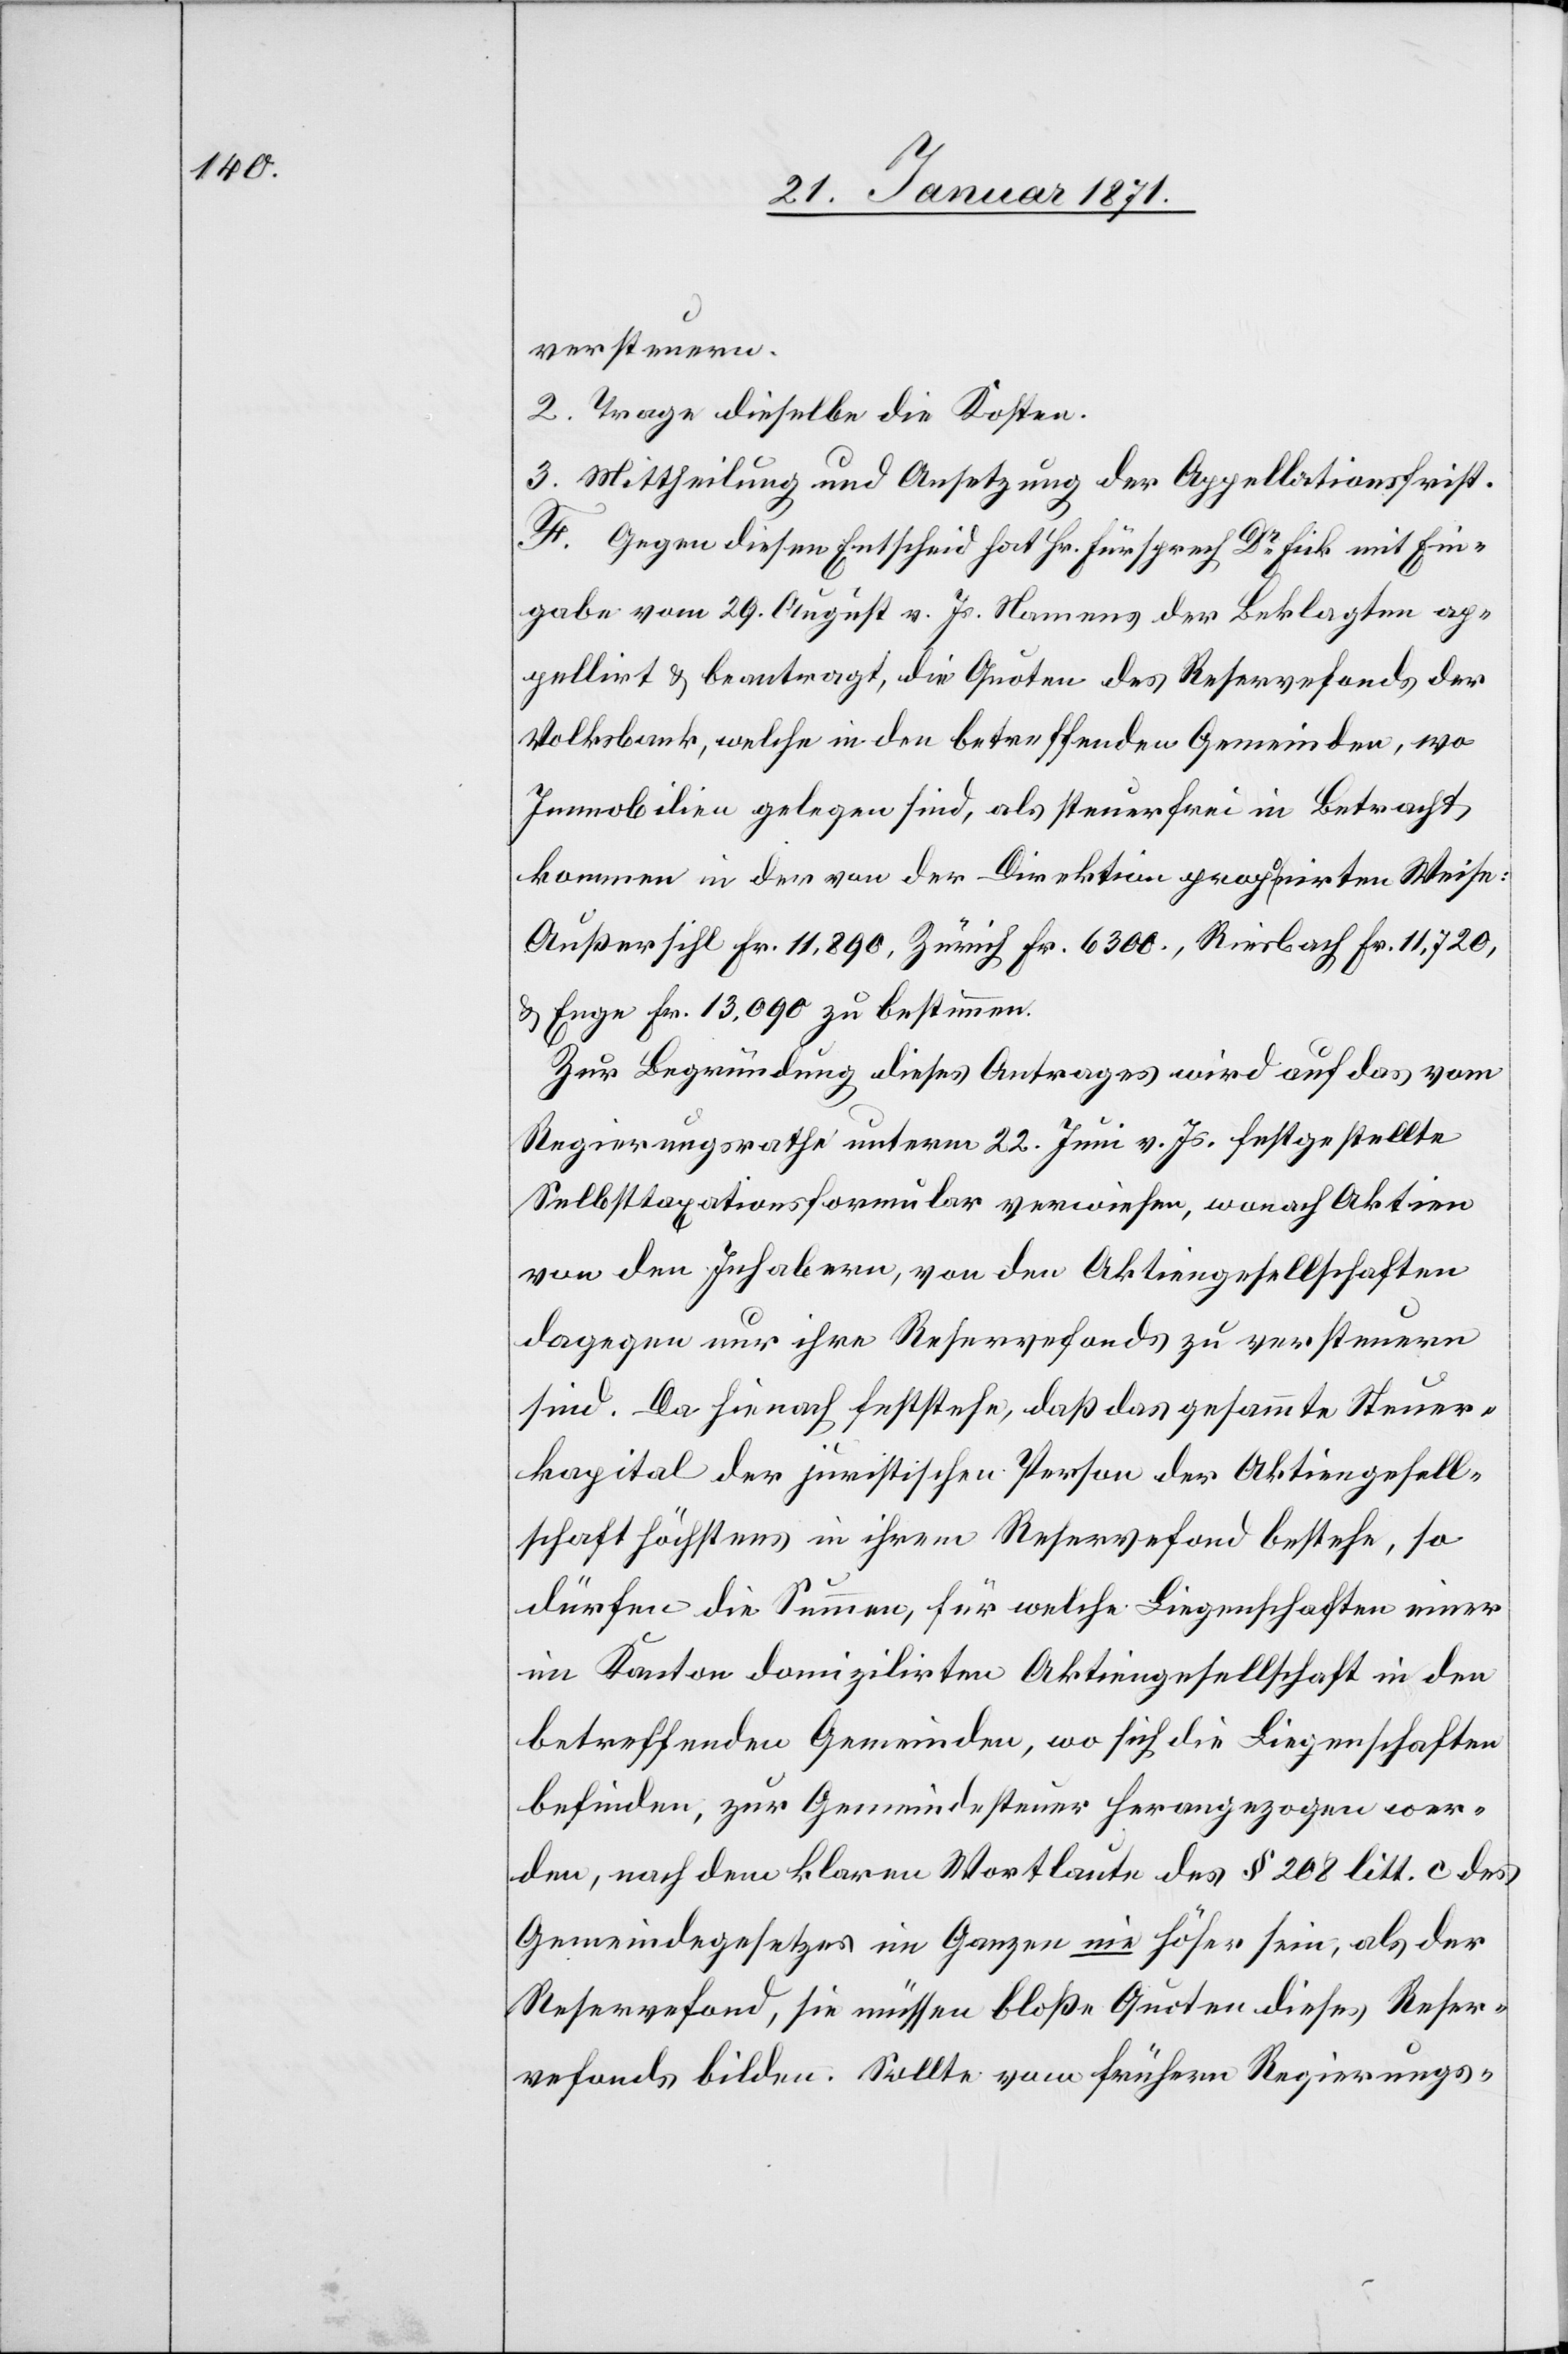
versteuern.
2. Trage dieselbe die Kosten.
3. Mittheilung und Ansetzung der Appellationsfrist.
F. Gegen diesen Entscheid hat Hr. Fürsprech Dr. Fick mit Ein¬
gabe vom 29. August v. Js. Namens der Beklagten ap¬
pellirt u. beantragt, die Quoten des Reservefonds der
Volksbank, welche in den betreffenden Gemeinden, wo
Immobilien gelegen sind, als steuerfrei in Betracht
kommen in der von der Direktion proponirten Weise:
Außersihl Fr. 11,890, Zürich Fr. 6300., Riesbach Fr. 11.720,
u. Enge Fr. 13.090 zu bestimmen.
Zur Begründung dieses Antrages wird auf das vom
Regierungsrathe unterm 22. Juni v. Js. festgestellte
Selbsttaxationsformular verwiesen, wonach Aktien
von den Inhabern, von den Aktiengesellschaften
dagegen nur ihre Reservefonds zu versteuern
sind. Da hienach feststehe, daß das gesammte Steuer¬
kapital der juristischen Person der Aktiengesell¬
schaft höchstens in ihrem Reservefond bestehe, so
dürfen die Summen, für welche Liegenschaften einer
im Kanton domizilirten Aktiengesellschaft in den
betreffenden Gemeinden, wo sich die Liegenschaften
befinden, zur Gemeindesteuer herangezogen wer¬
den, nach dem klaren Wortlaute des § 208 litt. c des
Gemeindegesetzes im Ganzen nie höher sein, als der
Reservefond, sie müssen bloße Quoten dieses Reser¬
vefonds bilden. Sollte vom frühern Regierungs-